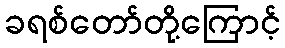
ခရစ်တော်တို့ကြောင့်